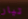
تيار